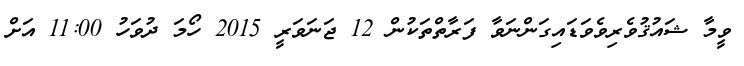
ވީމާ ޝައުޤުވެރިވެވަޑައިގަންނަވާ ފަރާތްތަކުން 12 ޖަނަވަރީ 2015 ހޯމަ ދުވަހު 11:00 އަށް